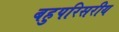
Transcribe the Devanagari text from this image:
बहुपरिसरीय